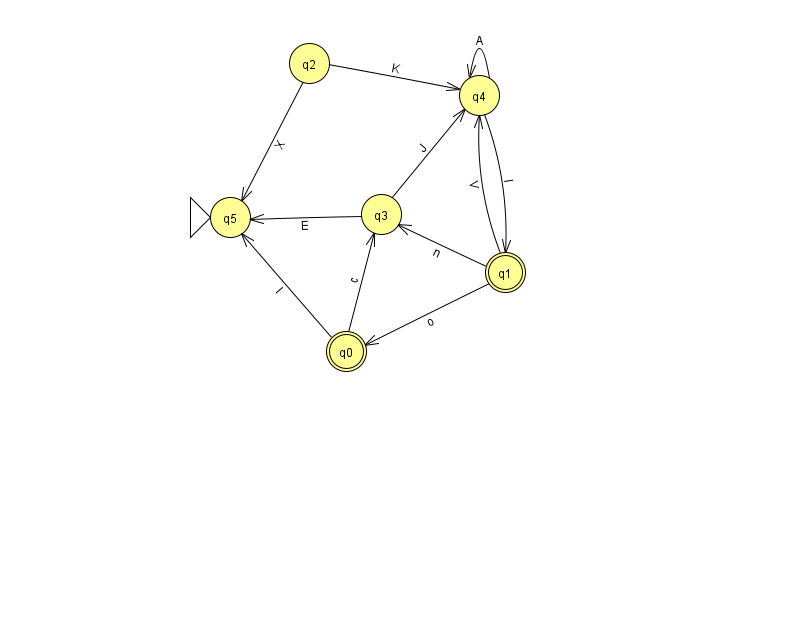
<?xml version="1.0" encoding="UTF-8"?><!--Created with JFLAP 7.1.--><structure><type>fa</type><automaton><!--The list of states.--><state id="0" name="q0"><x>346.0</x><y>338.0</y><final/></state><state id="1" name="q1"><x>505.0</x><y>259.0</y><final/></state><state id="2" name="q2"><x>309.0</x><y>50.0</y></state><state id="3" name="q3"><x>381.0</x><y>201.0</y></state><state id="4" name="q4"><x>479.0</x><y>82.0</y></state><state id="5" name="q5"><x>230.0</x><y>204.0</y><initial/></state><!--The list of transitions.--><transition><from>4</from><to>4</to><read>A</read></transition><transition><from>0</from><to>3</to><read>c</read></transition><transition><from>1</from><to>4</to><read>V</read></transition><transition><from>3</from><to>5</to><read>E</read></transition><transition><from>0</from><to>5</to><read>l</read></transition><transition><from>1</from><to>3</to><read>n</read></transition><transition><from>2</from><to>5</to><read>X</read></transition><transition><from>2</from><to>4</to><read>K</read></transition><transition><from>1</from><to>0</to><read>o</read></transition><transition><from>3</from><to>4</to><read>J</read></transition><transition><from>4</from><to>1</to><read>l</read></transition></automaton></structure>